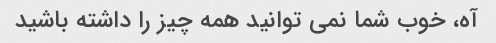
آه، خوب شما نمی توانید همه چیز را داشته باشید